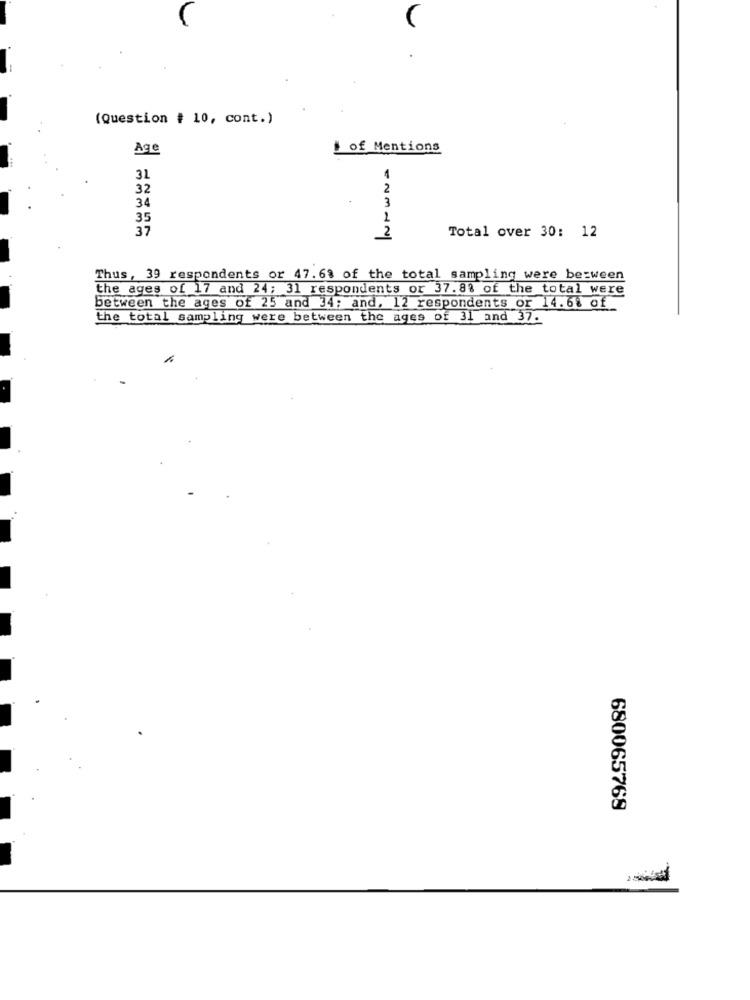
(Question # 10, cont.)
Age
1 of Mentions
31
32
2
34
3
35
2
37
Total over 30: 12
2
Thus, 39 respondents or 47.6% of the total sampling were between
the ages of 17 and 24; 31 respondents or 37.8% of the total were
between the ages of 25 and 34; and, 12 respondents or 14.68 of
the total sampling were between the ages of 31 and 37.
680065769